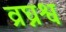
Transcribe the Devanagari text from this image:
व्रघ्नश्व